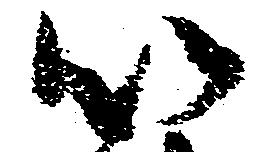
以